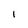
Character: l